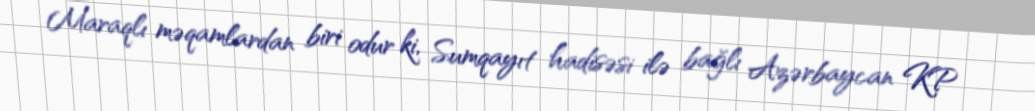
Maraqlı məqamlardan biri odur ki, Sumqayıt hadisəsi ilə bağlı Azərbaycan KP